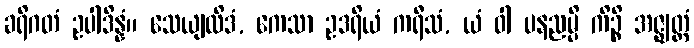
ခရိဂတံ ဥပါဒိန္နံ။ သေယျထိဒံ, ကေသာ ဥဒရိယံ ကရီသံ, ယံ ဝါ ပနညမ္ပိ ကိဉ္စိ အဇ္ဈတ္တံ